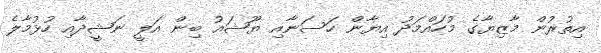
އިތުރުން މާޒިޔާގެ މުހައްމަދު އިޔާން ހަސަނާއި ޔޫޝައު ބިން އަލީ ނަޝީދާއި ހުޅުމާލެ